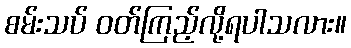
စမ်းသပ် ဝတ်ကြည့်လို့ရပါသလား။